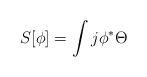
LaTeX: \begin{align*} S[\phi] = \int j\phi^*\Theta\end{align*}